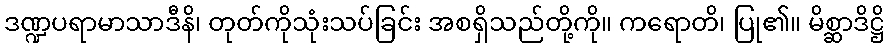
ဒဏ္ဍပရာမာသာဒီနိ၊ တုတ်ကိုသုံးသပ်ခြင်း အစရှိသည်တို့ကို။ ကရောတိ၊ ပြု၏။ မိစ္ဆာဒိဋ္ဌိ